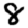
Digit: 8